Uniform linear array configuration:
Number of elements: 64
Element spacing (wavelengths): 0.75
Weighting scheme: exponential
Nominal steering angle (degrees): -30
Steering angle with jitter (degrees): -30.0
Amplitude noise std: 0.05
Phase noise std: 0.05

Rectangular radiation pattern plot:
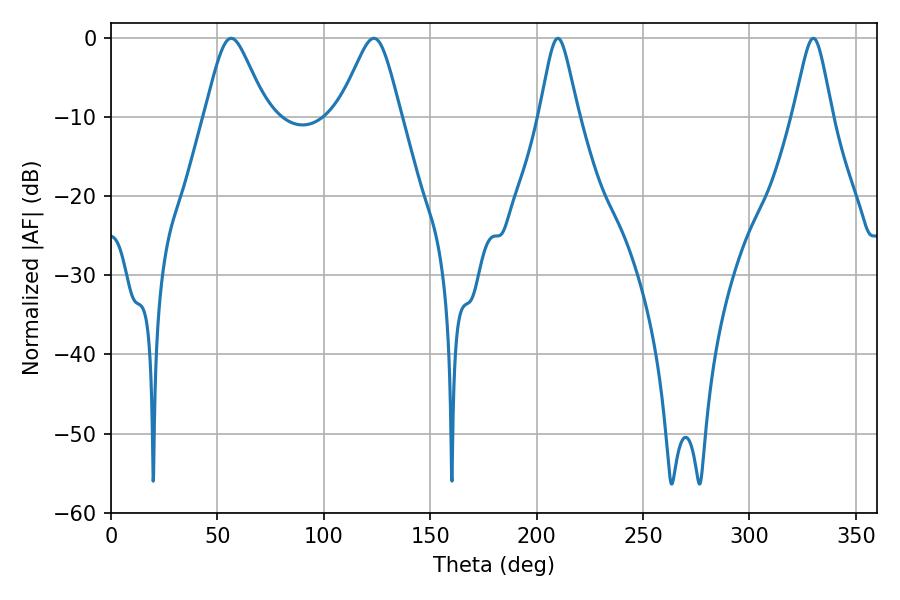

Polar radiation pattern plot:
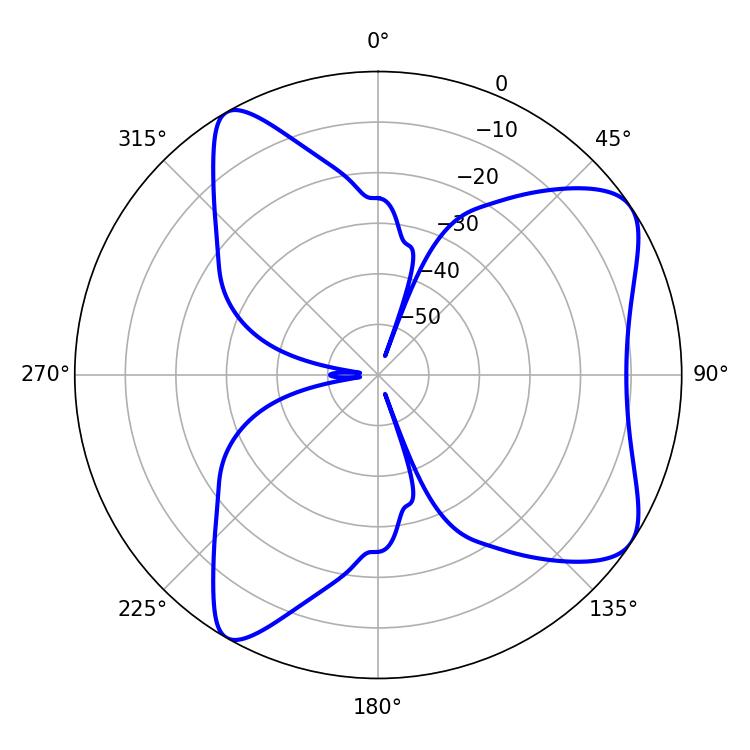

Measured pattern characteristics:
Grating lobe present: TRUE
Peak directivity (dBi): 7.666
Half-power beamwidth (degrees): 14.22
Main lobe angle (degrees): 56.52